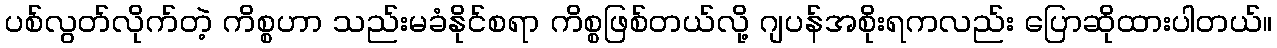
ပစ်လွတ်လိုက်တဲ့ ကိစ္စဟာ သည်းမခံနိုင်စရာ ကိစ္စဖြစ်တယ်လို့ ဂျပန်အစိုးရကလည်း ပြောဆိုထားပါတယ်။